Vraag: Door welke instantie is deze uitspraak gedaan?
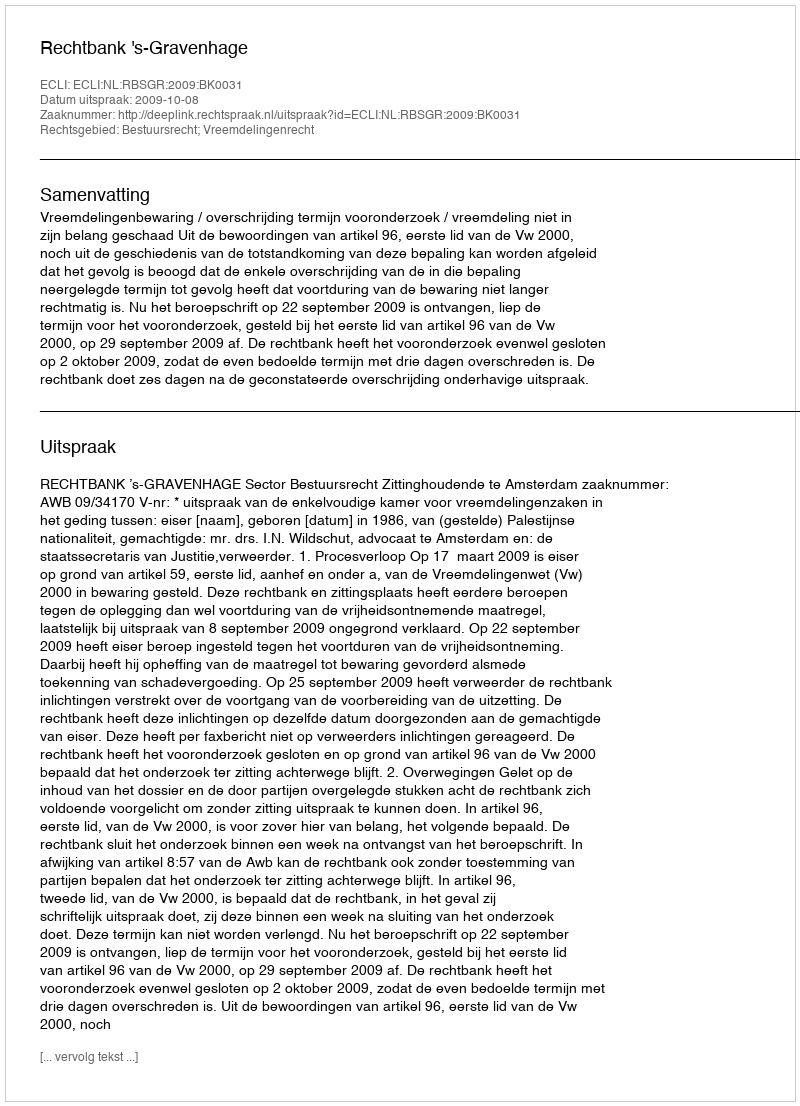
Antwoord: Rechtbank 's-Gravenhage